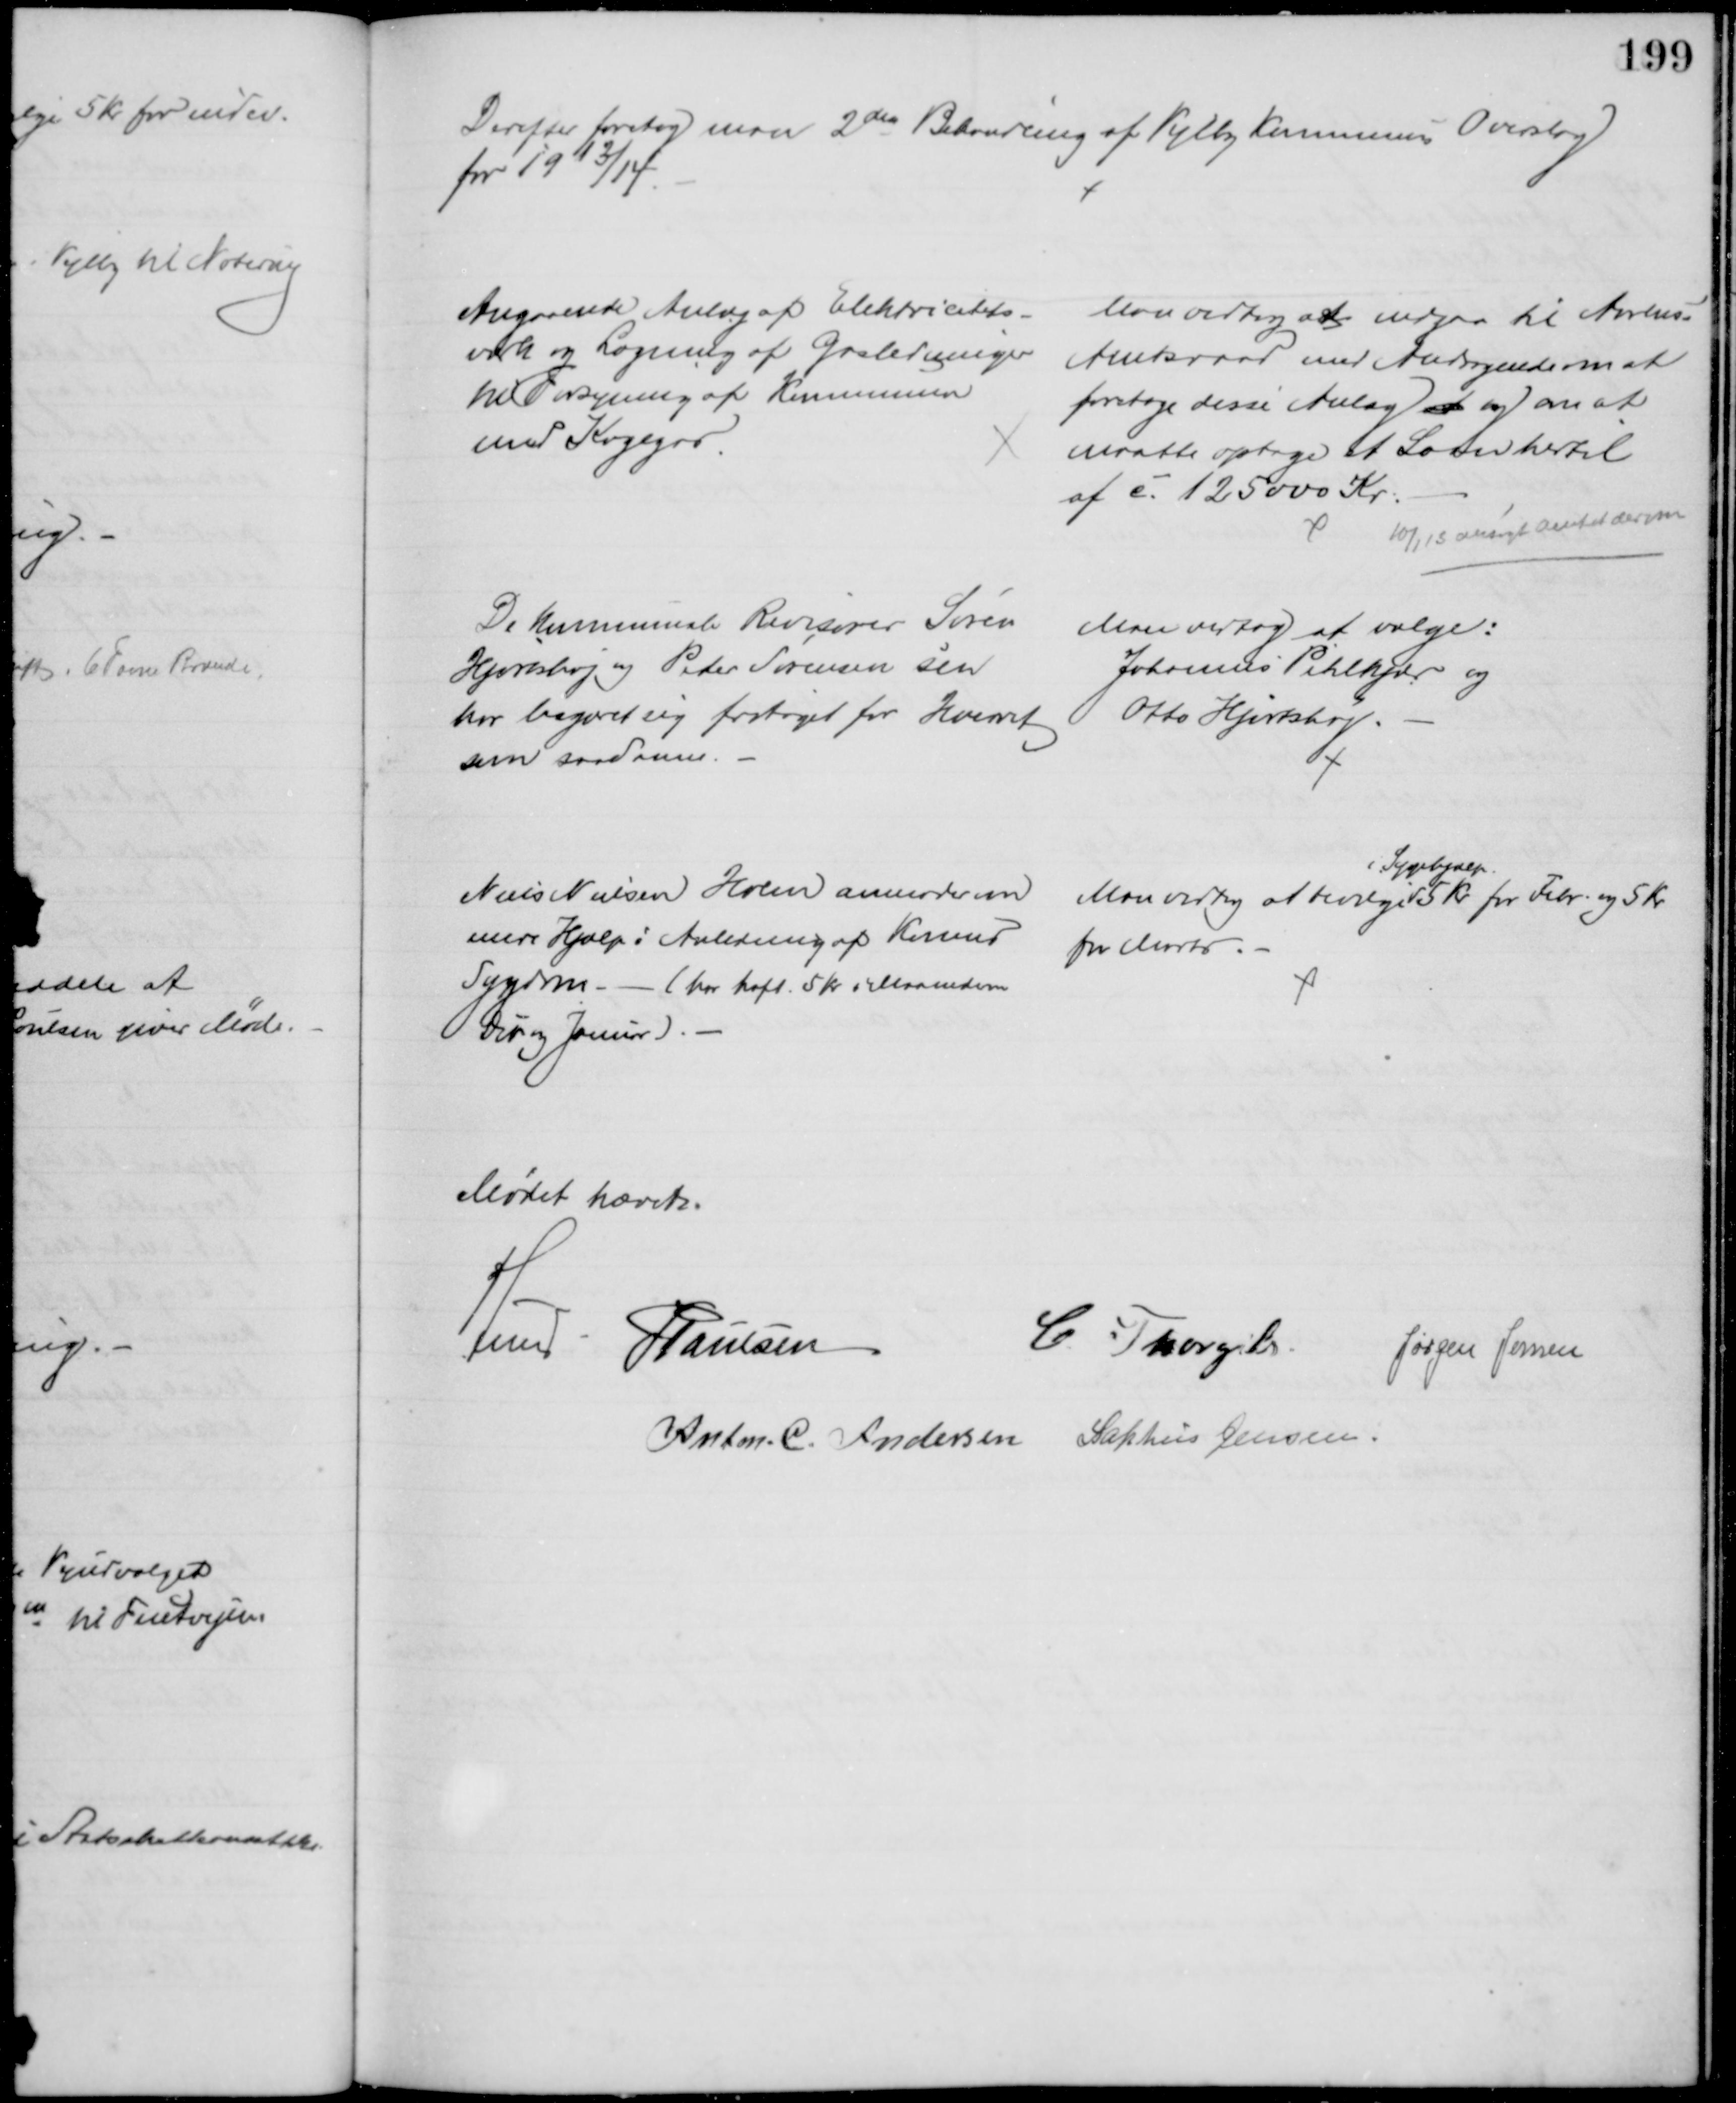
Transskription:
Derefter foretog man 2den Behandling af Vejlby Kommunes Overslag
for 1913/14
Angaaende Anlæg af Elektricitets-
værk og Lægning af Gasledninger
til Forsyning af Kommunen
med Kogegas.
Man vedtog at indgaa til Aarhus-
Amtsraad med Andragende om at
foretage disse Anlæg at og om at
maatte optage et Laan hertil 
af c. 125000 Kr.
10/1 13 ansøgt Amtet derom
De kommunale Revisorer Søren
Hjortshøj og Peder Sørensen sen
har begæret sig fritaget for Hvervet
som saadanne. 
Man vedtog at vælge:
Johannes Pihlkjær og
Otto Hjortshøj.
Niels Nielsen Holm anmoder om
mere Hjælp i Anledning af Konens
Sygdom - (har haft. 5 Kr i Maaneden
Dcb og Januar).
Man vedtog at bevilge 
i Sygehjælp.
5 Kr. for Febr. og 5 Kr.
for Marts.
Mødet hævet.
A Lund.  J. Poulsen
C. Thorgils.
Jørgen Jensen
Anton. C. Andersen Sophus Jensen.